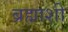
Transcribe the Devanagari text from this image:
ब्रह्माशी